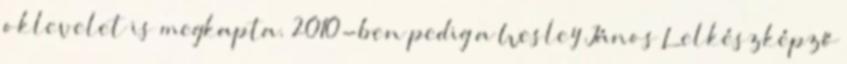
oklevelet is megkapta. 2010-ben pedig a Wesley János Lelkészképző